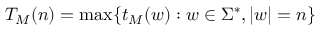
T _ { M } ( n ) = \operatorname* { m a x } \{ t _ { M } ( w ) : w \in \Sigma ^ { * } , | w | = n \}